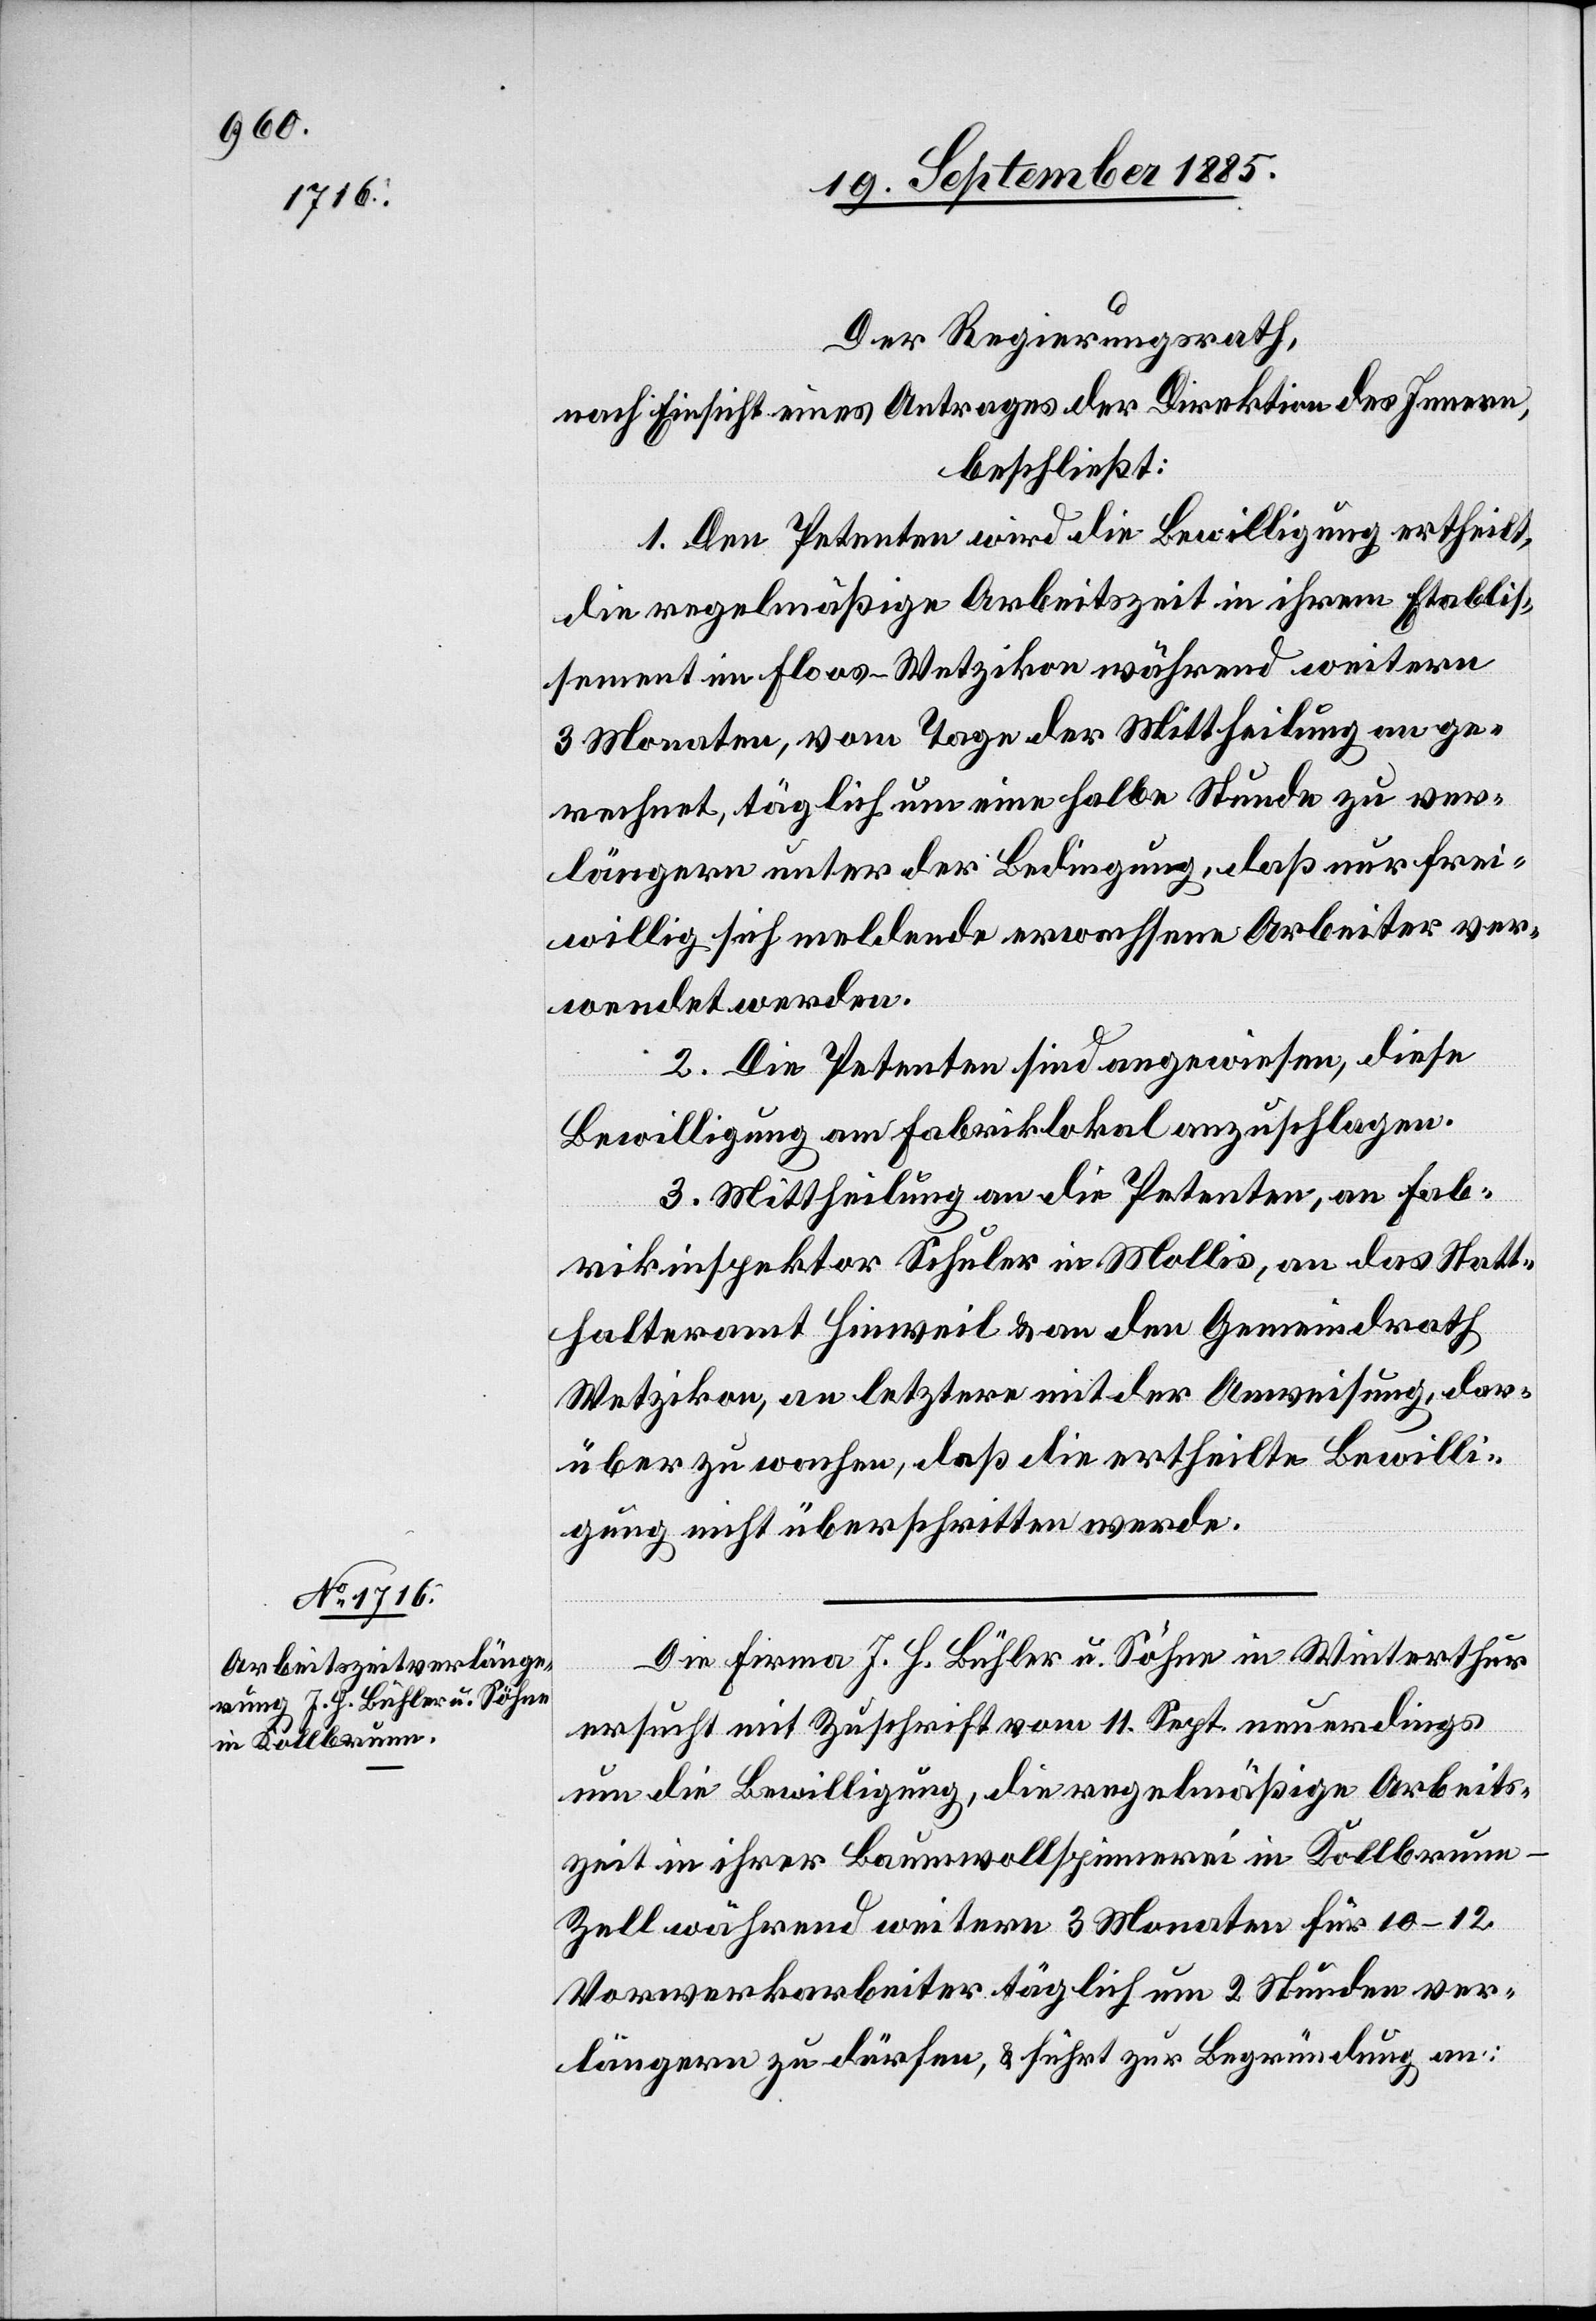
Der Regierungsrath,
nach Einsicht eines Antrages der Direktion des Innern,
beschließt:
1. Den Petenten wird die Bewilligung ertheilt,
die regelmäßige Arbeitszeit in ihrem Etablis¬
sement im Floos - Wetzikon während weitern
3 Monaten, vom Tage der Mittheilung an ge¬
rechnet, täglich um eine halbe Stunde zu ver¬
längern unter der Bedingung, daß nur frei¬
willig sich meldende erwachsene Arbeiter ver¬
wendet werden.
2. Die Petenten sind angewiesen, diese
Bewilligung am Fabriklokal anzuschlagen.
3. Mittheilung an die Petenten, an Fab¬
rikinspektor Schuler in Mollis, an das Statt¬
halteramt Hinweil & an den Gemeindrath
Wetzikon, an letztern mit der Anweisung, dar¬
über zu wachen, daß die ertheilte Bewilli¬
gung nicht überschritten werde.
Die Firma J. H. Bühler u. Söhne in Winterthur
ersucht mit Zuschrift vom 11. Sept. neuerdings
um die Bewilligung, die regelmäßige Arbeits¬
zeit in ihrer Baumwollspinnerei in Kollbrunn
Zell während weitern 3 Monaten für 10–12
Vorwerkarbeiter täglich um 2 Stunden ver¬
längern zu dürfen, & führt zur Begründung an: